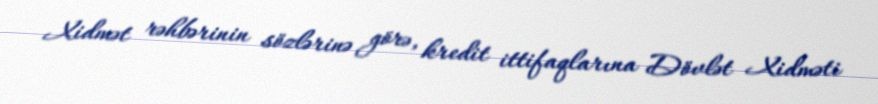
Xidmət rəhbərinin sözlərinə görə, kredit ittifaqlarına Dövlət Xidməti